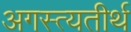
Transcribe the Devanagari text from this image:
अगस्त्यतीर्थ